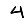
Digit: 4